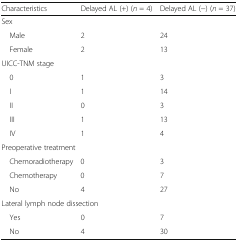
| Characteristics | Delayed AL (+) (n = 4) | Delayed AL (−) (n = 37) |
 | --- | --- | --- |
 | <COLSPAN=3> Sex |
 | Male | 2 | 24 |
 | Female | 2 | 13 |
 | <COLSPAN=3> UICC-TNM stage |
 | 0 | 1 | 3 |
 | I | 1 | 14 |
 | II | 0 | 3 |
 | III | 1 | 13 |
 | IV | 1 | 4 |
 | <COLSPAN=3> Preoperative treatment |
 | Chemoradiotherapy | 0 | 3 |
 | Chemotherapy | 0 | 7 |
 | No | 4 | 27 |
 | <COLSPAN=3> Lateral lymph node dissection |
 | Yes | 0 | 7 |
 | No | 4 | 30 |